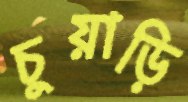
চুয়াড়ি